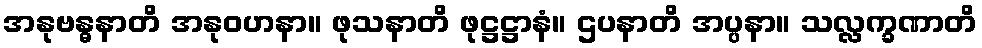
အနုဗန္ဓနာတိ အနုဝဟနာ။ ဖုသနာတိ ဖုဋ္ဌဋ္ဌာနံ။ ဌပနာတိ အပ္ပနာ။ သလ္လက္ခဏာတိ